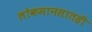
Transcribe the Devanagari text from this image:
लोकमानसातही